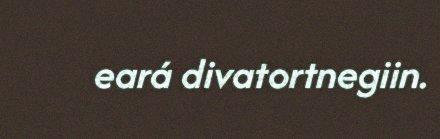
eará divatortnegiin.